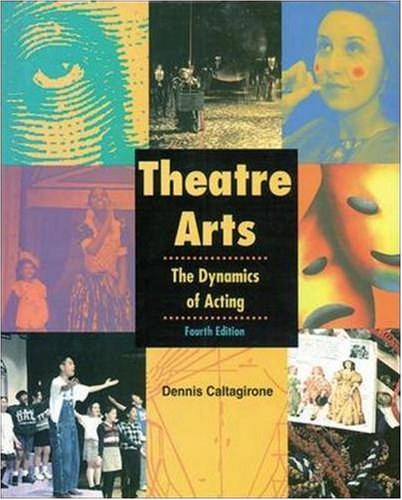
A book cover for Theatre Arts: The Dynamics of Acting, Student Edition (NTC: THEATRE OF ARTS: DYN ACT); Dennis Caltagirone; Teen & Young Adult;